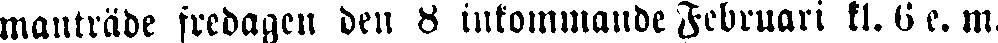
manträde fredagen den 8 inkommande Februari kl. 6 e. m.